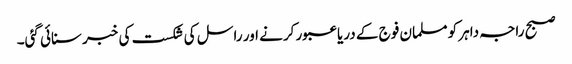
صبح راجہ داہر کو مسلمان فوج کے دریا عبور کرنے اور راسل کی شکست کی خبر سنائی گئی۔